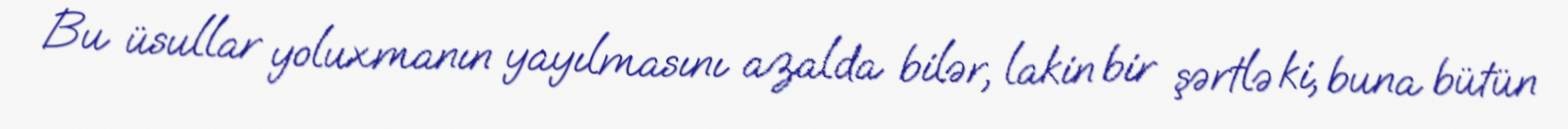
Bu üsullar yoluxmanın yayılmasını azalda bilər, lakin bir şərtlə ki, buna bütün